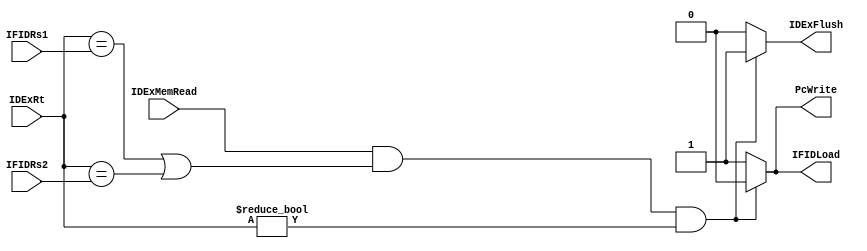
module HazardUnit (IFIDRs1, IFIDRs2, IDExRt, IDExMemRead, PcWrite, IFIDLoad, IDExFlush);
    input [4:0] IFIDRs1, IFIDRs2, IDExRt;
    input IDExMemRead;
    output reg PcWrite, IFIDLoad, IDExFlush;

    always @(IFIDRs1, IFIDRs2, IDExRt, IDExMemRead) begin
        {PcWrite, IFIDLoad, IDExFlush} = 3'b110;
        if (IDExMemRead == 1'b1 && (IDExRt == IFIDRs1 || IDExRt == IFIDRs2) && IDExRt != 5'd0)
            {PcWrite, IFIDLoad, IDExFlush} = 3'b001;
    end
endmodule